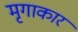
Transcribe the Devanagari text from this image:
मृगाकार